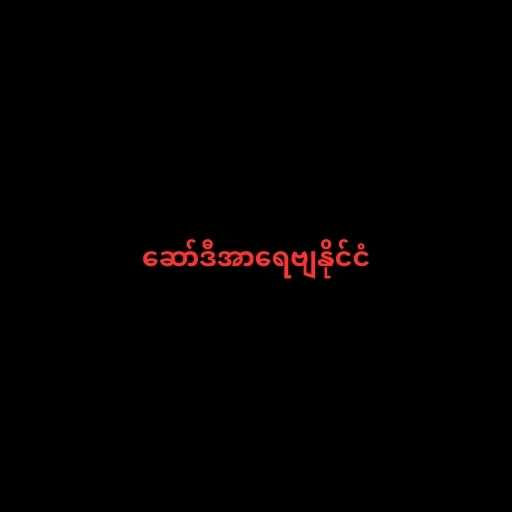
ဆော်ဒီအာရေဗျနိုင်ငံ